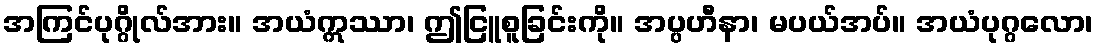
အကြင်ပုဂ္ဂိုလ်အား။ အယံဣဿာ၊ ဤငြူစူခြင်းကို။ အပ္ပဟီနာ၊ မပယ်အပ်။ အယံပုဂ္ဂလော၊